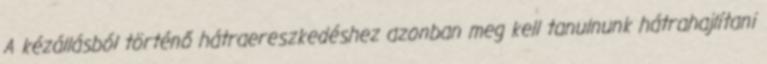
A kézállásból történő hátraereszkedéshez azonban meg kell tanulnunk hátrahajlítani